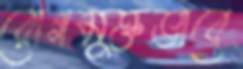
রোগমুক্তভাবে